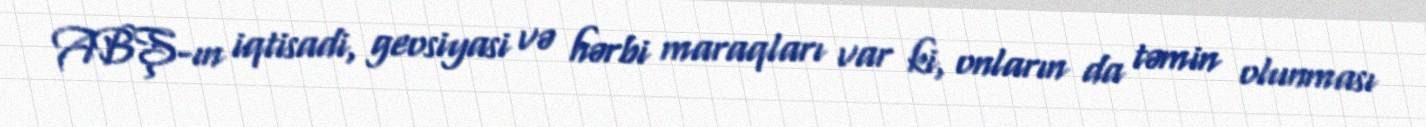
ABŞ-ın iqtisadi, geosiyasi və hərbi maraqları var ki, onların da təmin olunması